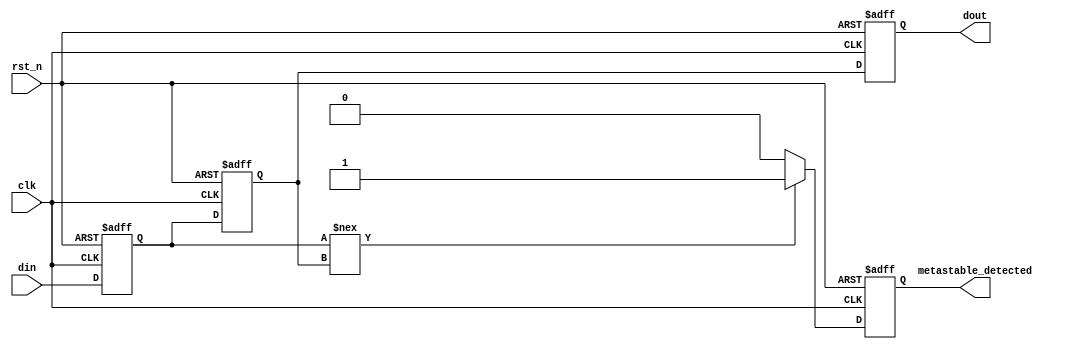
module TwoFF_Metastability_Detector (
    input wire clk,             // Clock signal
    input wire rst_n,           // Active low reset signal
    input wire din,             // Input signal to be monitored
    output reg dout,            // Output stable signal
    output reg metastable_detected // Metastability detected indicator
);

// Internal signals for the flip-flops
reg ff1, ff2;

// Detecting metastability
always @(posedge clk or negedge rst_n) begin
    if (!rst_n) begin
        ff1 <= 1'b0;
        ff2 <= 1'b0;
        dout <= 1'b0;
        metastable_detected <= 1'b0;
    end else begin
        // Sample the input signal with the first flip-flop
        ff1 <= din;

        // Check for metastability condition (optional)
        if (ff1 !== ff2) begin
            metastable_detected <= 1'b1; // Potential metastability detected
        end else begin
            metastable_detected <= 1'b0; // No metastability
        end

        // Sample the output of ff1 with the second flip-flop
        ff2 <= ff1;

        // Output the stable signal
        dout <= ff2;
    end
end

endmodule